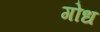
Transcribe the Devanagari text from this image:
गोध